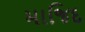
માજિદ